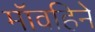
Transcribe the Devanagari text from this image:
मॉवहिने